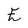
Character: E